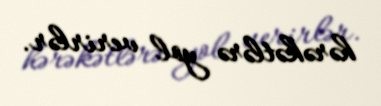
hərəkətlərə yol verirlər.